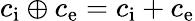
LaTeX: c_{\mathrm{i}}\oplus c_{\mathrm{e}}=c_{\mathrm{i}}+c_{\mathrm{e}}